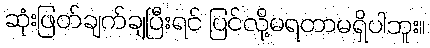
ဆုံးဖြတ်ချက်ချပြီးရင် ပြင်လို့မရတာမရှိပါဘူး။